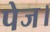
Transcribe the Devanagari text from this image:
पेज।